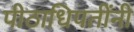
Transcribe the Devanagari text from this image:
पीठाधिपतींनी